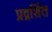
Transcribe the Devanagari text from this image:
प्रद्रर्शित